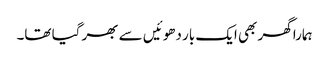
ہمارا گھر بھی ایک بار دھوئیں سے بھر گیا تھا۔